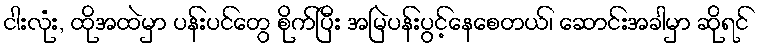
ငါးလုံး, ထိုအထဲမှာ ပန်းပင်တွေ စိုက်ပြီး အမြဲပန်းပွင့်နေစေတယ်၊ ဆောင်းအခါမှာ ဆိုရင်